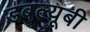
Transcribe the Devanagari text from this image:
डबल्यूबी